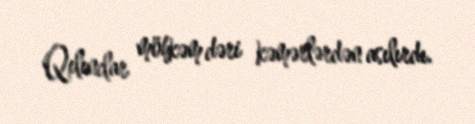
Qılınclar möhkəm dəri kəmərlərdən asılırdı.